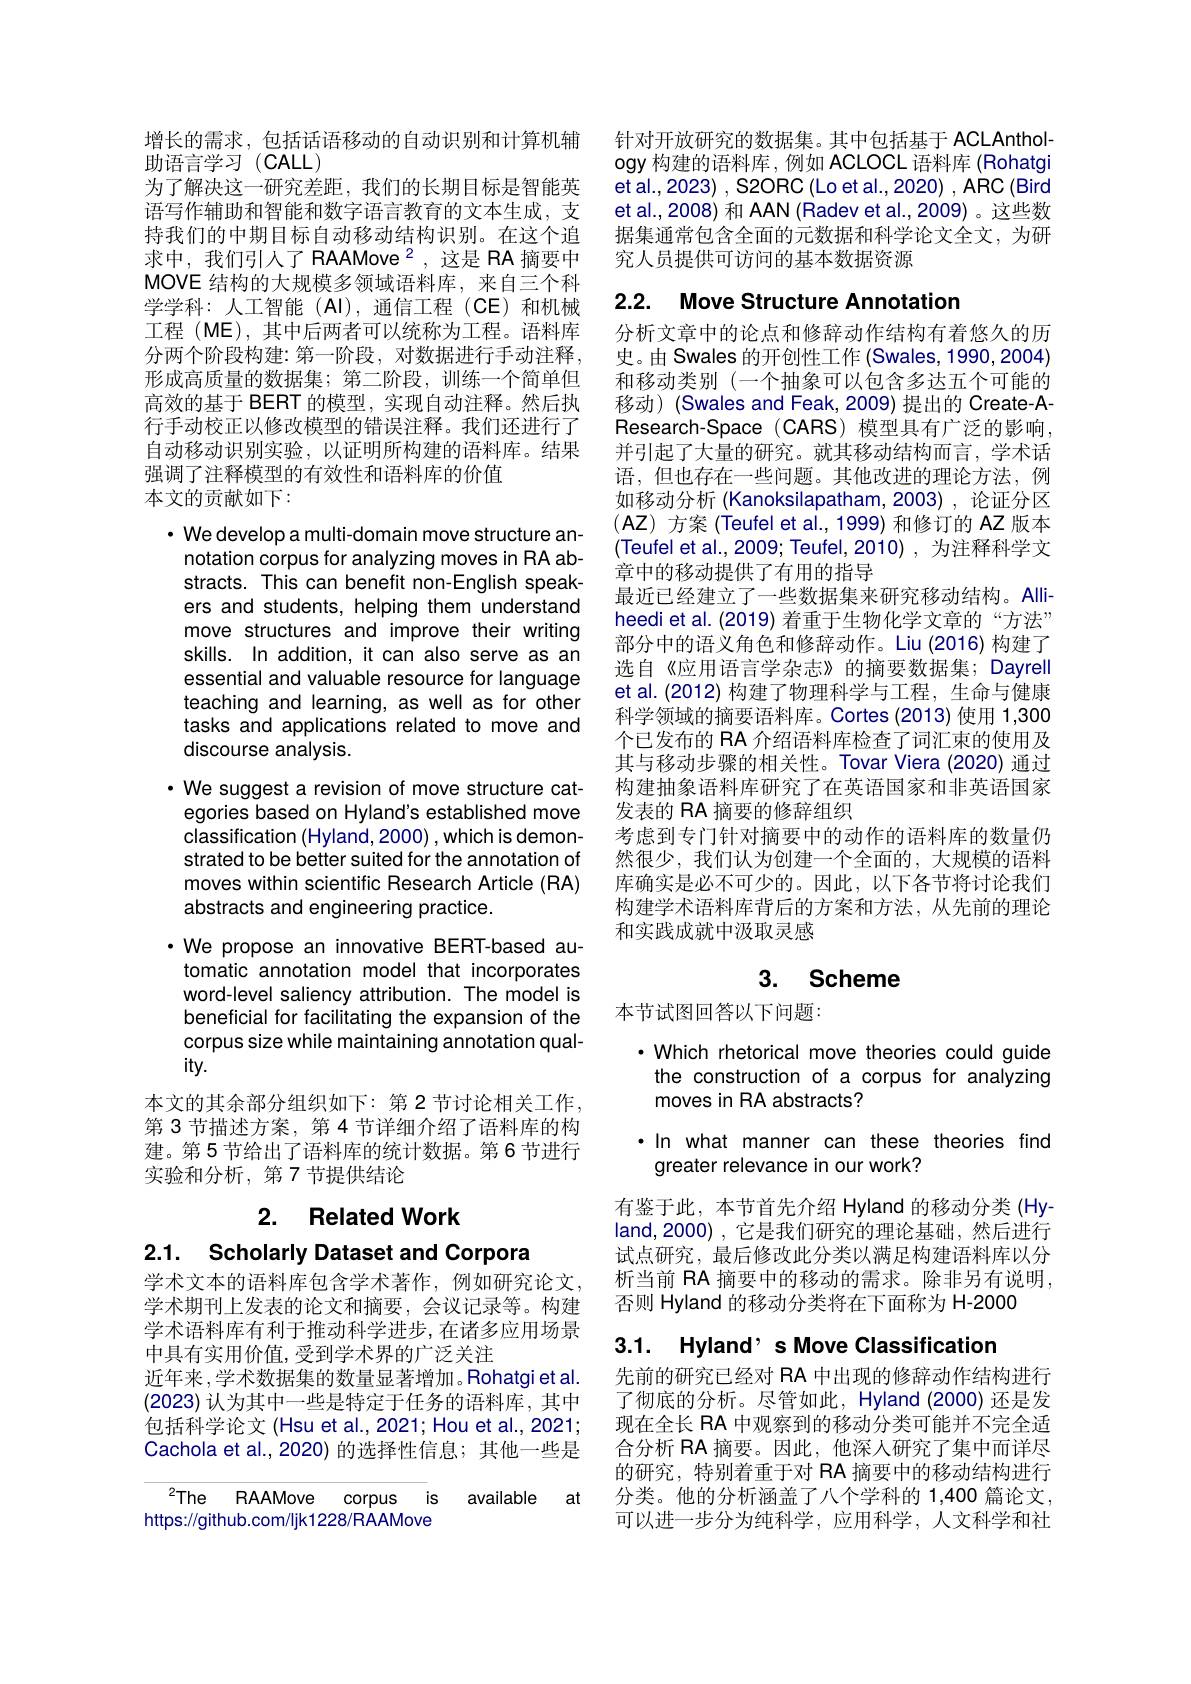
增长的需求，包括话语移动的自动识别和计算机辅
助语言学习(CALL)
为了解决这一研究差距，我们的长期目标是智能英语写作辅助和智能和数字语言教育的文本生成，支持我们的中期目标自动移动结构识别。在这个追求中，我们引人了 RAAMove $^{2}$,这是 RA 摘要中MOVE 结构的大规模多领域语料库，来自三个科学学科：人工智能(AI),通信工程(CE)和机械工程(ME),其中后两者可以统称为工程。语料库分两个阶段构建：第一阶段，对数据进行手动注释， 形成高质量的数据集；第二阶段，训练一个简单但高效的基于 BERT 的模型，实现自动注释。然后执行手动校正以修改模型的错误注释。我们还进行了自动移动识别实验，以证明所构建的语料库。结果强调了注释模型的有效性和语料库的价值
本文的贡献如下：

$\cdot$ We develop a multi-domain move structure annotation corpus for analyzing moves in RA abstracts. This can benefit non-English speakers and students, helping them understand move structures and improve their writing skills. In addition, it can also serve as an essential and valuable resource for language teaching and learning, as well as for other tasks and applications related to move and discourse analysis.
$\cdot$ We suggest a revision of move structure categories based on Hyland's established move classification (Hyland, 2000) , which is demonstrated to be better suited for the annotation of moves within scientific Research Article (RA) abstracts and engineering practice.
$\cdot$ We propose an innovative BERT-based automatic annotation model that incorporates word-level saliency attribution. The model is beneficial for facilitating the expansion of the corpus size while maintaining annotation qual- $ity.$
本文的其余部分组织如下：第 2 节讨论相关工作第 3 节描述方案，第 4 节详细介绍了语料库的构建。第 5 节给出了语料库的统计数据。第 6 节进行实验和分析，第7节提供结论

2. Related Work

2.1. Scholarly Dataset and Corpora

学术文本的语料库包含学术著作，例如研究论文， 学术期刊上发表的论文和摘要，会议记录等。构建学术语料库有利于推动科学进步，在诸多应用场景中具有实用价值，受到学术界的广泛关注
近年来 ,学术数据集的数量显著增加。Rohatgi et al. (2023)认为其中一些是特定于任务的语料库，其中包括科学论文 (Hsu et al., 2021; Hou et al., 2021; Cachola et al., 2020) 的选择性信息；其他一些是

available at

${}^{2}$The
RAAMove
corpus is
https://github.com/ljk1228/RAMove

针对开放研究的数据集。其中包括基于 ACLAnthol ogy 构建的语料库，例如 ACLOCL 语料库 (Rohatgi et al., 2023) , S20RC (Lo et al., 2020) , ARC (Bird et al., 2008) 和 AAN (Radev et al., 2009) 。这些数据集通常包含全面的元数据和科学论文全文，为研究人员提供可访问的基本数据资源

# 2.2. Move Structure Annotation

分析文章中的论点和修辞动作结构有着悠久的历史。由 Swales 的开创性工作 (Swales, 1990, 2004) 和移动类别(一个抽象可以包含多达五个可能的移动)(Swales and Feak, 2009) 提出的 Create-AResearch-Space (CARS)模型具有广泛的影响， 并引起了大量的研究。就其移动结构而言，学术话语，但也存在一些问题。其他改进的理论方法，例如移动分析 (Kanoksilapatham,2003),论证分区$(\mathbf{AZ})$方案 (Teufel et ai., 1999) 和修订的 AZ 版本(Teufel et al., 2009; Teufel, 2010) , 为注释科学文章中的移动提供了有用的指导
最近已经建立了一些数据集来研究移动结构。Alliheedi et al. (2019) 着重于生物化学文章的“方法” 部分中的语义角色和修辞动作。Liu (2016) 构建了选自《应用语言学杂志》的摘要数据集；Dayrell et al.(2012) 构建了物理科学与工程，生命与健康科学领域的摘要语料库。Cortes (2013) 使用 1,300个已发布的 RA 介绍语料库检查了词汇束的使用及其与移动步骤的相关性。Tovar Viera (2020) 通过构建抽象语料库研究了在英语国家和非英语国家发表的 RA 摘要的修辞组织
考虑到专门针对摘要中的动作的语料库的数量仍然很少，我们认为创建一个全面的，大规模的语料库确实是必不可少的。因此，以下各节将讨论我们构建学术语料库背后的方案和方法，从先前的理论和实践成就中汲取灵感

# 3. Scheme

本节试图回答以下问题：

·Which rhetorical move theories could guide the construction of a corpus for analyzing moves in RA abstracts?
·In what manner can these theories find
greater relevance in our work?

有鉴于此，本节首先介绍 Hyland 的移动分类 (Hy-1) land,2000),它是我们研究的理论基础，然后进行试点研究，最后修改此分类以满足构建语料库以分析当前 RA 摘要中的移动的需求。除非另有说明， 否则 Hyland 的移动分类将在下面称为 H-2000

3.1. Hyland’ s Move Classification

先前的研究已经对 RA 中出现的修辞动作结构进行了彻底的分析。尽管如此，Hyland (2000) 还是发现在全长 RA 中观察到的移动分类可能并不完全适合分析 RA 摘要。因此，他深人研究了集中而详尽的研究，特别着重于对 RA 摘要中的移动结构进行分类。他的分析涵盖了八个学科的 1,400 篇论文可以进一步分为纯科学，应用科学，人文科学和社